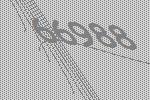
66988